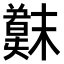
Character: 𫤳